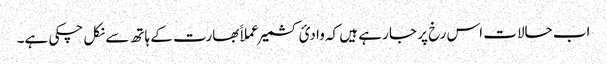
اب حالات اس رخ پر جا رہے ہیں کہ وادیٔ کشمیر عملاََ بھارت کے ہاتھ سے نکل چکی ہے۔